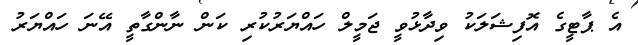
އެ ޕާޓީގެ އޮފިޝަލަކު ވިދާޅުވީ ޖަމީލް ހައްޔަރުކުރި ކަން ނާންގާތީ އޭނަ ހައްޔަރު